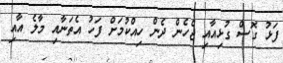
ފަޅު ގޮސް ގުޅިއާއި ޖެހެން ދެން ހިއްކުމަށް ފަހު އެތަނާއި މާލެ އާއި